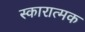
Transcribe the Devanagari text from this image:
स्कारात्मक